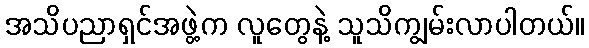
အသိပညာရှင်အဖွဲ့က လူတွေနဲ့ သူသိကျွမ်းလာပါတယ်။